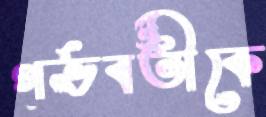
গর্ভবতীকে